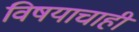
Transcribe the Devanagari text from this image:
विषयाचाही